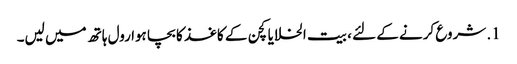
1. شروع کرنے کے لئے ، بیت الخلا یا کچن کے کاغذ کا بچا ہوا رول ہاتھ میں لیں۔